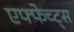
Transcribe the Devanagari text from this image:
एफ्फेच्ट्स